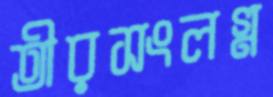
তীরসংলগ্ন